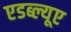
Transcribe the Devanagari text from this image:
एडब्ल्यूए